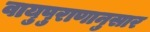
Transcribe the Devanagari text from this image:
वायुपुराणानुसार